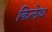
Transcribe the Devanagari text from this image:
किलेथ